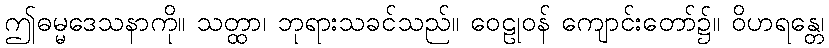
ဤဓမ္မဒေသနာကို။ သတ္ထာ၊ ဘုရားသခင်သည်။ ဝေဠုဝန် ကျောင်းတော်၌။ ဝိဟရန္တေ၊